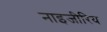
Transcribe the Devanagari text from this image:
नाइजीरिय